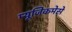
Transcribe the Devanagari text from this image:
म्यूजिकमेसे